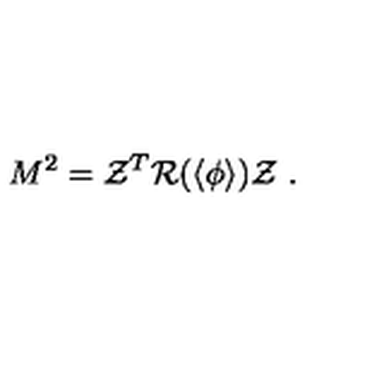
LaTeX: M ^ { 2 } = { \cal Z } ^ { T } { \cal R } ( \langle \phi \rangle ) { \cal Z } \ .